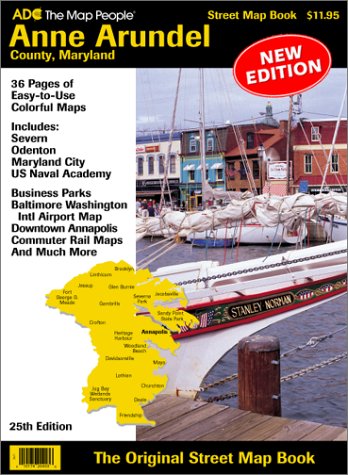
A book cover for ADC Anne Arundel County, Maryland street map book; Adc; Travel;